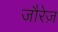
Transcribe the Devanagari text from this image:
जौरेज़